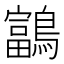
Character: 𪆠